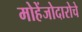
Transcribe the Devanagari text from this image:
मोहेंजोदारोचे